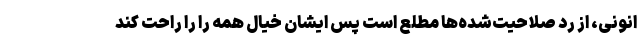
انونی، از رد صلاحیت‌شده‌ها مطلع است پس ایشان خیال همه را را راحت کند